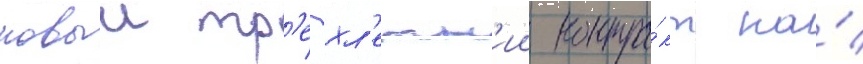
новыи тр'ехл'етн'ии контра́кт на́